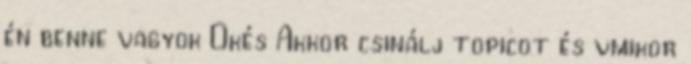
én benne vagyok Okés Akkor csinálj topicot és vmikor